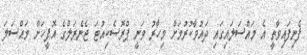
ފެނިފައިވާތީ އެ މައްސަލައިގައި ދައުވާކުރުމަށް މިހާރު ވަނީ ޕްރޮސެކިއުޓަ ޖެނެރަލްގެ އޮފީހަށް މައްސަލަ